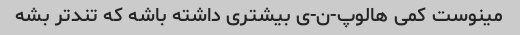
مینوست کمی هالوپ-ن-ی بیشتری داشته باشه که تندتر بشه